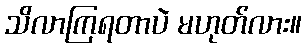
သိလာကြရတာပဲ မဟုတ်လား။